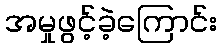
အမှုဖွင့်ခဲ့ကြောင်း